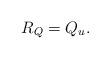
LaTeX: \begin{align*}R_Q= Q_u .\end{align*}